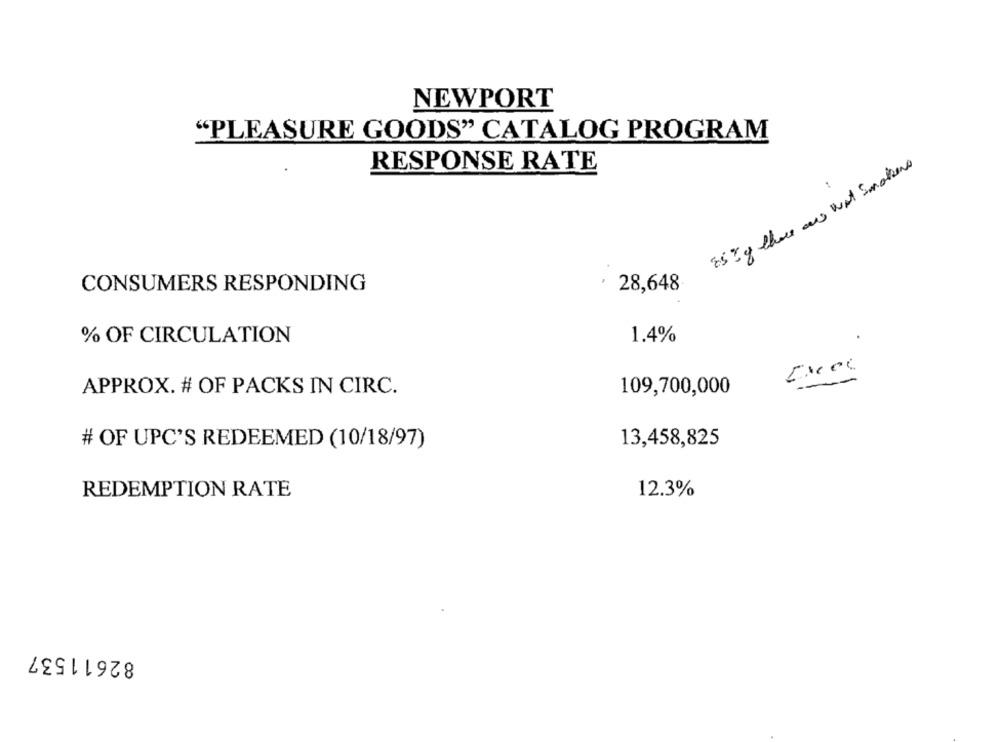
NEWPORT
"PLEASURE GOODS" CATALOG PROGRAM
RESPONSE RATE
85 %q there are wat Smothers
CONSUMERS RESPONDING
28,648
% OF CIRCULATION
1.4%
APPROX. # OF PACKS IN CIRC.
109,700,000
# OF UPC'S REDEEMED (10/18/97)
13,458,825
REDEMPTION RATE
12.3%
82611537